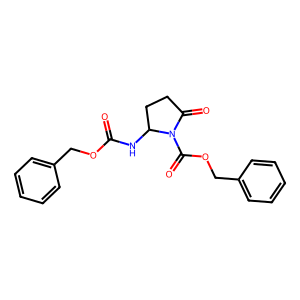
SMILES: O=C(NC1CCC(=O)N1C(=O)OCc1ccccc1)OCc1ccccc1
Inhibits HIV replication: No